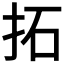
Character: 拓